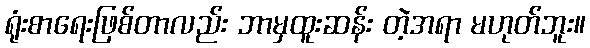
ရုံးစာရေးဖြစ်တာလည်း ဘာမှထူးဆန်း တဲ့အရာ မဟုတ်ဘူး။